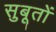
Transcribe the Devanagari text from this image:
सुबूतों